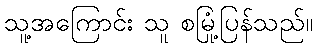
သူ့အကြောင်း သူ စမြုံ့ပြန်သည်။